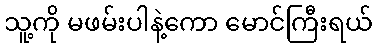
သူ့ကို မဖမ်းပါနဲ့ကော မောင်ကြီးရယ်